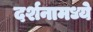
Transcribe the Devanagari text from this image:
दर्शनामध्ये